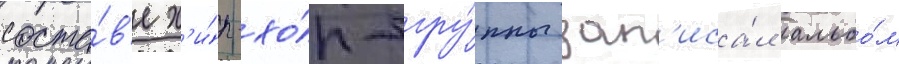
соста́в'е х'и́п-хо́п-гру́ппы зап'иса́л альбо́м